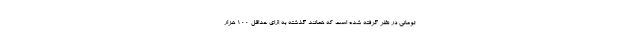
تومانی در نظر گرفته شده است که همانند گذشته به ازای حداقل 100 هزار